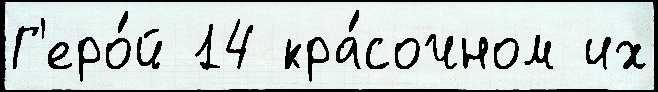
Г'еро́й 14 кра́сочном их